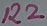
Text: R2